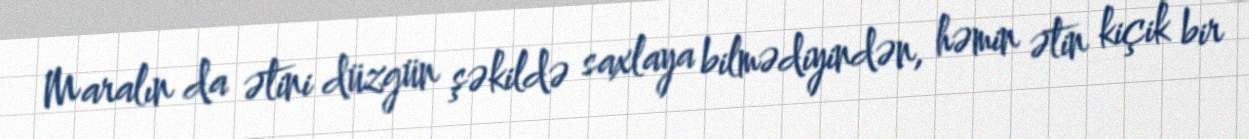
Maralın da ətini düzgün şəkildə saxlaya bilmədiyindən, həmin ətin kiçik bir